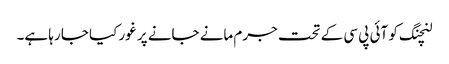
لنچنگ کو آئی پی سی کے تحت جرم مانے جانے پر غور کیا جا رہا ہے۔